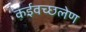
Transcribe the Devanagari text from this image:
कईवच्छलेण